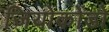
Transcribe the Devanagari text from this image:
जियोकोंडो